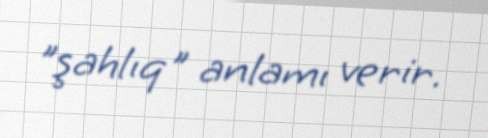
"şahlıq" anlamı verir.